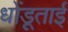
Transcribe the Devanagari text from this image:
धोंडूताई